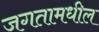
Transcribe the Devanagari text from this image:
जगतामधील